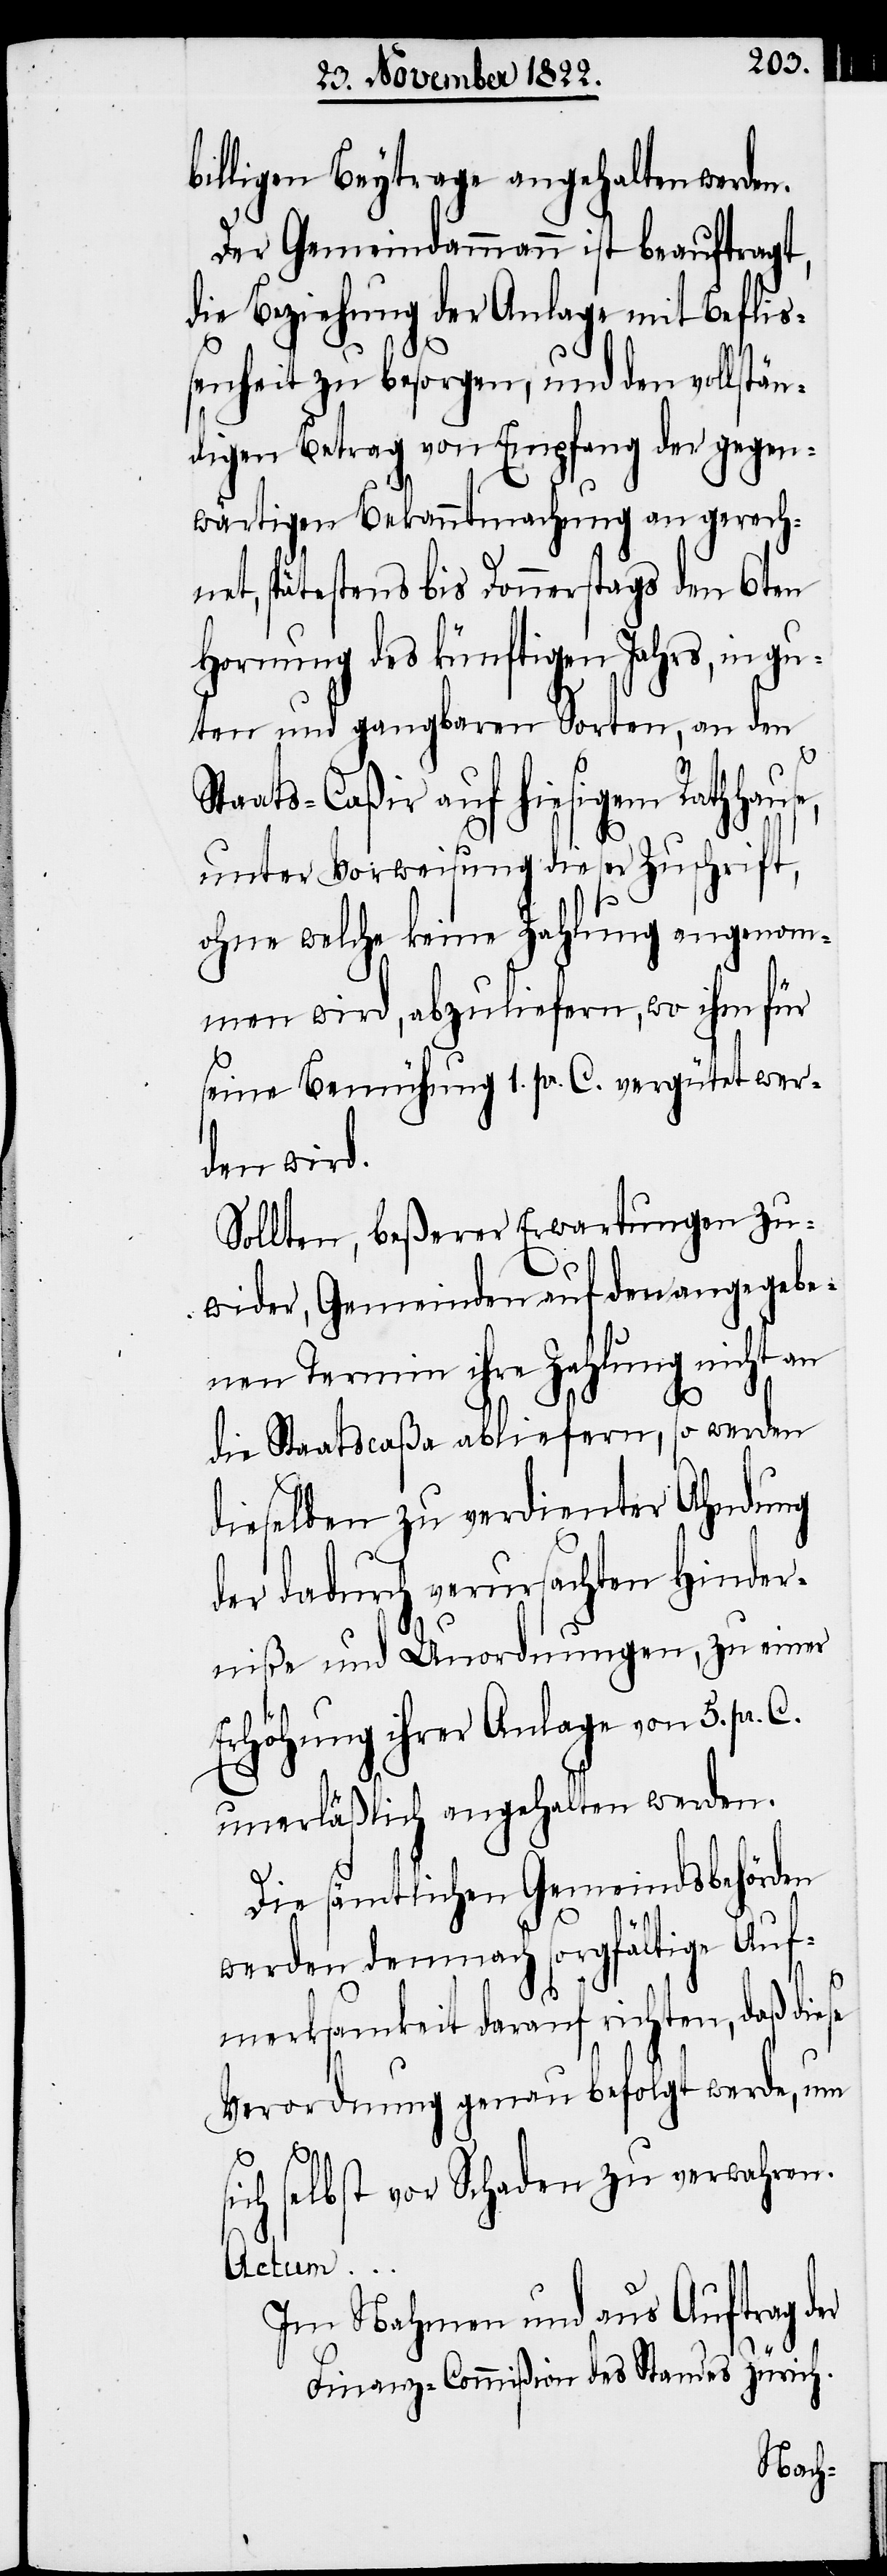
lligen Beytrage angehalten werden.
Der Gemeindammann ist beauftragt,
die Beziehung der Anlage mit Befliß¬
enheit zu besorgen, und den vollstän¬
digen Betrag von Empfang der gegen¬
wärtigen Bekanntmachung an gerech¬
net, spätestens bis Donnerstags den 6ten
Hornung des künftigen Jahrs, in gu¬
ten und gangbaren Sorten, an den
Staats-Caßir auf hiesigem Rathhaus¬
unter Vorweisung dieser Zuschrift,
ohne welche keine Zahlung angenom¬
men wird, abzuliefern, wo ihm für
seine Bemühung 1. pr. C. vergütet wer¬
den wird.
Sollten, beßerer Erwartungen zu¬
wider, Gemeinden auf den angegebe¬
nen Termin ihre Zahlung nicht an
e,
bil¬
die Staatscaßa abliefern, so werden
dieselben zu verdienter Ahndung
der dadurch verursachten Hinder¬
niße und Unordnungen, zu einer
Erhöhung ihrer Anlage von 5. pr.
unerläßlich angehalten werden.
Die sämtlichen Gemeindsbehörden
werden demnach sorgfältige Auf¬
merksamkeit darauf richten, daß diese
Verordnung genau befolgt werde, um
sich selbst vor Schaden zu verwahren.
Actum …
Im Nahmen und aus Auftrag der
Finanz-Commißion der Standes Zürich.